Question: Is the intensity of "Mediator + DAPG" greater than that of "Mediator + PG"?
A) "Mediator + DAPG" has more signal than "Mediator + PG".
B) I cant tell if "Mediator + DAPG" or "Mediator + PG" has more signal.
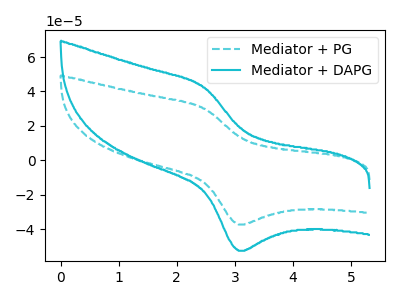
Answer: <think>The cyan dashed curve "Mediator + PG" has an anodic peak at (2.50V, 30.00uA) and a cathodic peak at (3.05V, -37.35uA). The cyan curve "Mediator + DAPG" has an anodic peak at (2.50V, 42.25uA) and a cathodic peak at (3.05V, -52.60uA).
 All the peaks in "Mediator + DAPG" have a peak in "Mediator + PG" at the same potential. Every peak in "Mediator + DAPG" is higher than every peak in "Mediator + PG".</think>
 <answer>A) "Mediator + DAPG" has more signal than "Mediator + PG".</answer>
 <eval>A</eval>